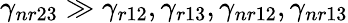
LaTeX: \gamma_{nr23}\gg\gamma_{r12},\gamma_{r13},\gamma_{nr12},\gamma_{nr13}